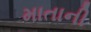
માતાની